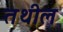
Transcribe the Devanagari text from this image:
तथील